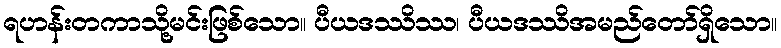
ရဟန်းတကာသို့မင်းဖြစ်သော။ ပီယဒဿိဿ၊ ပီယဒဿိအမည်တော်ရှိသော။